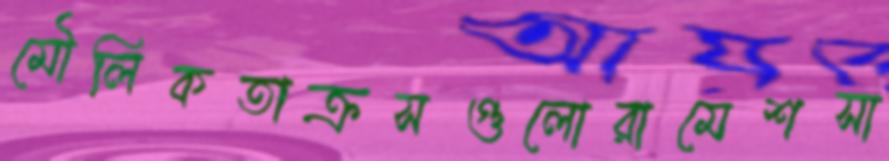
মৌলিকতাক্রসগুলোরামেশসা